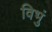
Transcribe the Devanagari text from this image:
विभुं